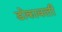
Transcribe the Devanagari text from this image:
डोकावली